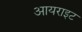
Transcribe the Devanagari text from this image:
आयराइट